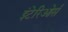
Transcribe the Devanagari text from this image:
इंटेरिओर्स